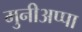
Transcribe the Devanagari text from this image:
मुनीअप्पा